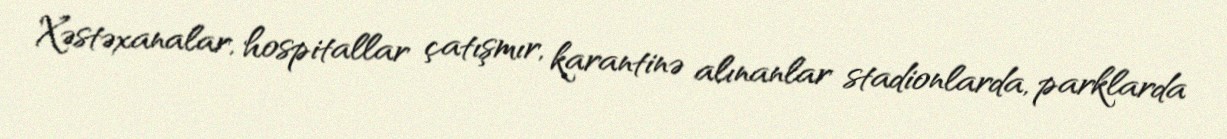
Xəstəxanalar, hospitallar çatışmır, karantinə alınanlar stadionlarda, parklarda